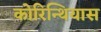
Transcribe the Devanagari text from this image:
कोरिन्थियास